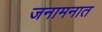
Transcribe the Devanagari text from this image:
जनामनात